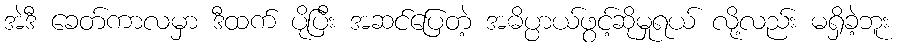
အဲဒီ ခေတ်ကာလမှာ ဒီထက် ပိုပြီး အဆင်ပြေတဲ့ အဓိပ္ပာယ်ဖွင့်ဆိုမှုရယ် လို့လည်း မရှိခဲ့ဘူး